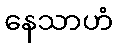
နေသာဟံ